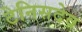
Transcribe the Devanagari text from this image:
टेनिसदेव